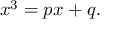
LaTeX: x ^ { 3 } = p x + q .